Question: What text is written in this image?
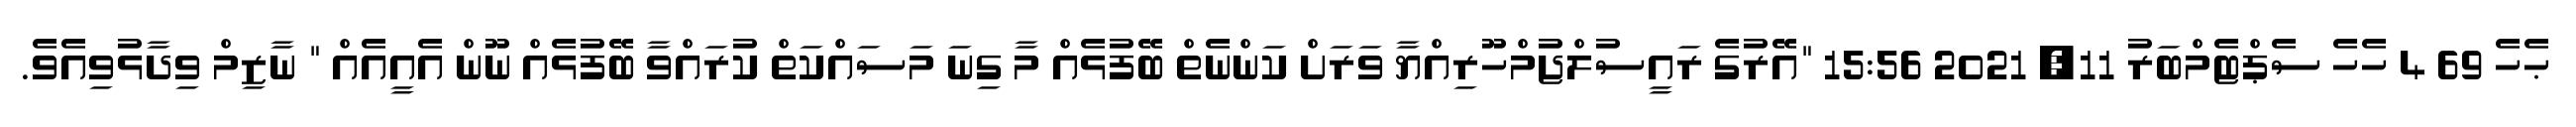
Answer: ޙެހެ 69 4 ހެހެ ސެޕްޓެމްބަރު 11, 2021 15:56 "އޭރުގެ ރައީސުލްޖުމްހޫރިއްޔާ ވަރަށް ކަންނެތް ބޭފުޅެއް މާ ގިނަ މަސައްކަތް ކުރައްވާ ބޭފުޅެއް ނޫން އެއީއެއް " ނާޒިމް ވިދާޅުވިއެވެ.